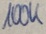
Text: 100K